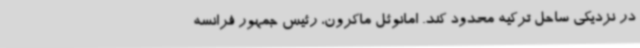
در نزدیکی ساحل ترکیه محدود کند. امانوئل ماکرون، رئیس جمهور فرانسه